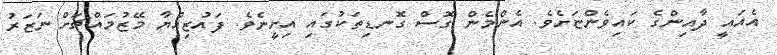
އެއައީ ދާއިންގެ ކައިވެންޏަށެވެ. އެންމެން ގޮސް ގޮނޑިތަކުގައި އިށީނެވެ. ފައުޒިއްޔާ މޭޒުމައްޗަށް ނަޒަރު